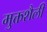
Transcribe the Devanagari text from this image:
मुक्तशैली